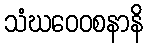
သံဃဝေဝစနာနိ